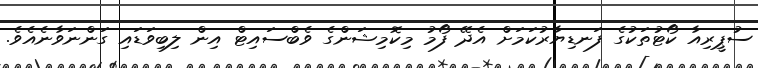
ސުޕީރިއާ ކޯޓުތަކުގެ ފަނޑިޔާރުކަމަށް އެދޭ ފޯމު މިކޮމިޝަންގެ ވެބްސައިޓް އިން ލިބިވަޑައި ގަންނަވާނެއެވެ.